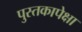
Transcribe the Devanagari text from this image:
पुस्तकापेक्षा